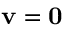
\mathbf { v } = \mathbf { 0 }